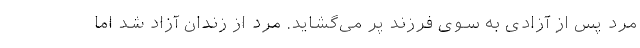
مرد پس از آزادی به سوی فرزند پر می‌گشاید. مرد از زندان آزاد شد اما